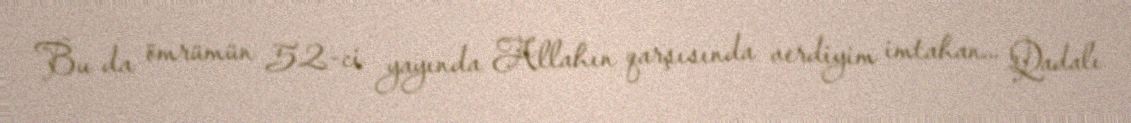
Bu da ömrümün 52-ci yayında Allahın qarşısında verdiyim imtahan... Qadalı